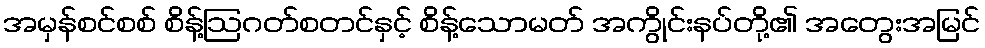
အမှန်စင်စစ် စိန့်ဩဂတ်စတင်နှင့် စိန့်သောမတ် အကွိုင်းနပ်တို့၏ အတွေးအမြင်